Etiology and epidemiology of plague
Disease focus: Plague
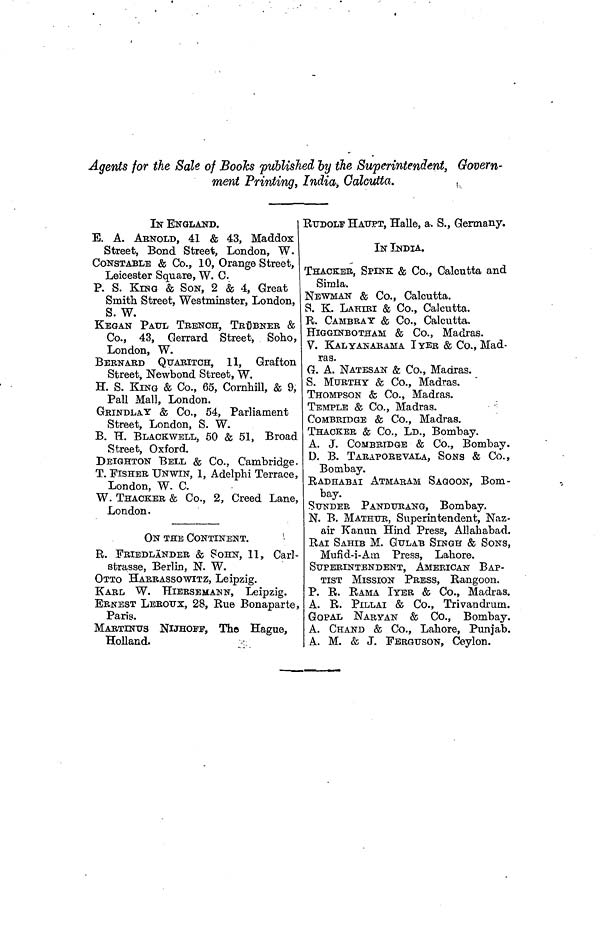
Agents for the Sale of Books published by the Superintendent, Govern-
ment Printing, India,
Calcutta.
IN ENGLAND.
E. A. ARNOLD, 41 & 43, Maddox
Street, Bond Street, London, W.
CONSTABLE & Co., 10, Orange Street,
Leicester Square, W. C.
P. S. KING & SON, 2 & 4, Great
Smith Street, Westminster, London,
S. W.
KEGAN PAUL TRENCH, TRÜBNER &
Co., 43, Gerrard Street, Soho,
London, W.
BERNARD QUARITCH, 11, Grafton
Street, Newbond Street, W.
H. S. KING & Co., 65, Cornhill, & 9,
Pall Mall, London.
GRINDLAY & Co., 54, Parliament
Street, London, S. W.
B. H. BLACKWELL, 50 & 51, Broad
Street, Oxford.
DEIGHTON BELL & Co., Cambridge.
T. FISHER UNWIN, 1, Adelphi Terrace,
London, W. C.
W. THACKER & Co., 2, Creed Lane,
London.
ON THE
CONTINENT.
R. FRIEDLÄNDER & SOHN, 11, Carl-
strasse, Berlin, N. W.
OTTO HARRASSOWITZ, Leipzig.
KARL W. HIERSEMANN, Leipzig.
ERNEST LEROUX, 28, Rue Bonaparte,
Paris.
MARTINUS NIJHOFF, The Hague,
Holland.
RUDOLF HAUPT, Halle, a. S., Germany.
IN INDIA.
THACKER, SPINK & Co., Calcutta and
Simla.
NEWMAN & Co., Calcutta.
S. K. LAHIRI & Co., Calcutta.
R. CAMBRAY & Co., Calcutta.
HIGGINBOTHAM & Co., Madras.
V. KALYANArAMA IYER & Co., Mad-
ras.
G. A. NATESAN & Co., Madras.
S. MURTHY & Co., Madras.
THOMPSON & Co., Madras.
TEMPLE & Co., Madras.
COMBRIDGE & Co., Madras.
THACKER & Co., LD., Bombay.
A. J. COMBRIDGE & Co., Bombay.
D. B. TARAPOREVALA, SONS & Co.,
Bombay.
RADHABAI ATMARAM SAGOON, Bom-
bay.
SUNDER PANDURANG, Bombay.
N. B. MATHUR, Superintendent, Naz-
air Kanun Hind Press, Allahabad.
RAI SAHIB M. GuLAB SINGH & SONS,
Mufid-i-Am Press, Lahore.
SUPERINTENDENT, AMERICAN BAP-
TIST MISSION PRESS, Rangoon.
P. R. RAMA IYER & Co., Madras.
A. R. PILLAI & Co., Trivandrum.
GOPAL NARYAN & Co., Bombay.
A. CHAND & Co., Lahore, Punjab.
A. M. & J. FERGUSON, Ceylon.